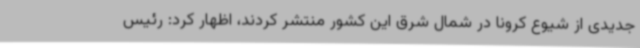
جدیدی از شیوع کرونا در شمال شرق این کشور منتشر کردند، اظهار کرد: رئیس